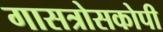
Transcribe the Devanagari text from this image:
गासत्रोसकोपी